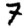
Digit: 7